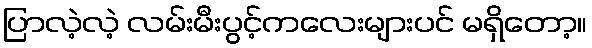
ပြာလဲ့လဲ့ လမ်းမီးပွင့်ကလေးများပင် မရှိတော့။